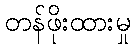
တန်ဖိုးထားမှု